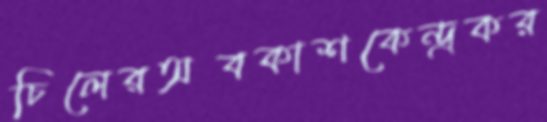
চিলেরঅবকাশকেন্দ্রকর